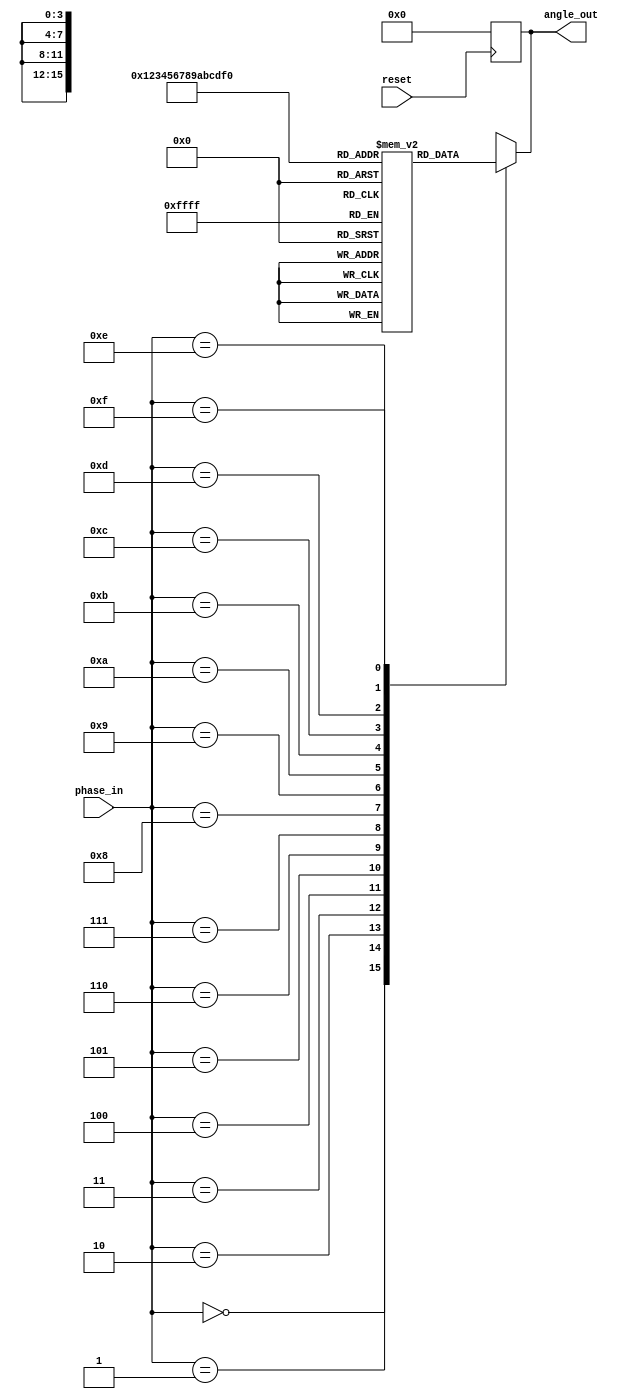
module phase_to_angle_converter(
    input       reset,
    input [3:0] phase_in,  // Phase input (10 bits)
    
    output reg [3:0] angle_out   // Angle output (10 bits )
);

reg [3:0] LUT [0:15];

initial begin
    LUT[0] = 0;
    LUT[1] = 1;
    LUT[2] = 2;
    LUT[3] = 3;
    LUT[4] = 4;
    LUT[5] = 3;
    LUT[6] = 2;
    LUT[7] = 1;
	 LUT[8] = 0;
    LUT[9] = 1;
    LUT[10] = 2;
    LUT[11] = 3;
    LUT[12] = 4;
    LUT[13] = 3;
    LUT[14] = 2;
    LUT[15] = 1;
end

always @(posedge reset)
begin
angle_out <= 4'b0000;
end

always @(*)
begin
    case(phase_in)
        4'b0000 : angle_out = LUT[0];
        4'b0001 : angle_out = LUT[1];
        4'b0010 : angle_out = LUT[2];
        4'b0011 : angle_out = LUT[3];
        4'b0100 : angle_out = LUT[4];
        4'b0101 : angle_out = LUT[5];
        4'b0110 : angle_out = LUT[6];
        4'b0111 : angle_out = LUT[7];
        4'b1000 : angle_out = LUT[8];
        4'b1001 : angle_out = LUT[9];
        4'b1010 : angle_out = LUT[10];
        4'b1011 : angle_out = LUT[11];
        4'b1100 : angle_out = LUT[12];
        4'b1101 : angle_out = LUT[13];
        4'b1110 : angle_out = LUT[14];
        4'b1111 : angle_out = LUT[15];

        default : angle_out <= 0;
    endcase
end

endmodule